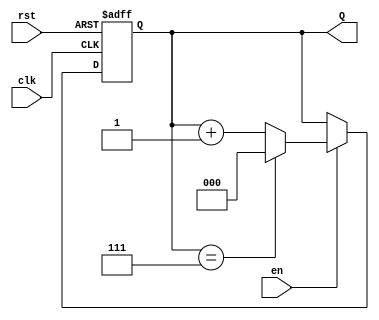
module UpCounterMoore #(
    parameter WIDTH = 3  // Number of bits for the counter
) (
    input wire clk,      // Clock input
    input wire rst,      // Reset input (asynchronous)
    input wire en,       // Enable input
    output reg [WIDTH-1:0] Q // Count output
);

    // Maximum count value
    localparam MAX_COUNT = (1 << WIDTH) - 1; // 2^WIDTH - 1

    // State transition logic (sequential logic)
    always @(posedge clk or posedge rst) begin
        if (rst) begin
            // Asynchronous reset
            Q <= 0; // Reset to initial state (0)
        end else if (en) begin
            // Increment the counter
            if (Q == MAX_COUNT) begin
                Q <= 0; // Wrap around
            end else begin
                Q <= Q + 1; // Increment
            end
        end
        // If enable is low, retain the current state (no else block needed for that)
    end

endmodule